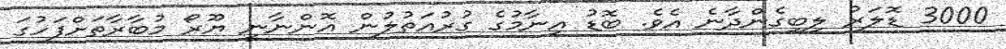
3000 ޑޮލަރު ލިބިގެންދާނެ އެވެ. ބޮޑު އިނާމުގެ ގުރުއަތުލުން އޮންނާނީ ޔޫރޯ މުބާރާތަށްފަހުގަ